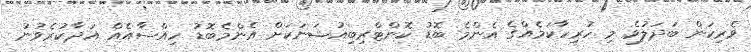
ވެރިކަން ބަދަލުވެ މި ހުރިހާކަމެއްގެ އެންމެ ބޮޑު ކޮންޓްރިބިއުޝަނަކަށް އެންމެބޮޑު ހިއްސާއެއް އަދާކުރެވުނު